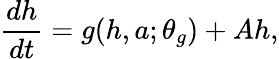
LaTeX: \frac{dh}{dt}=g(h,a;\theta_{g})+Ah,